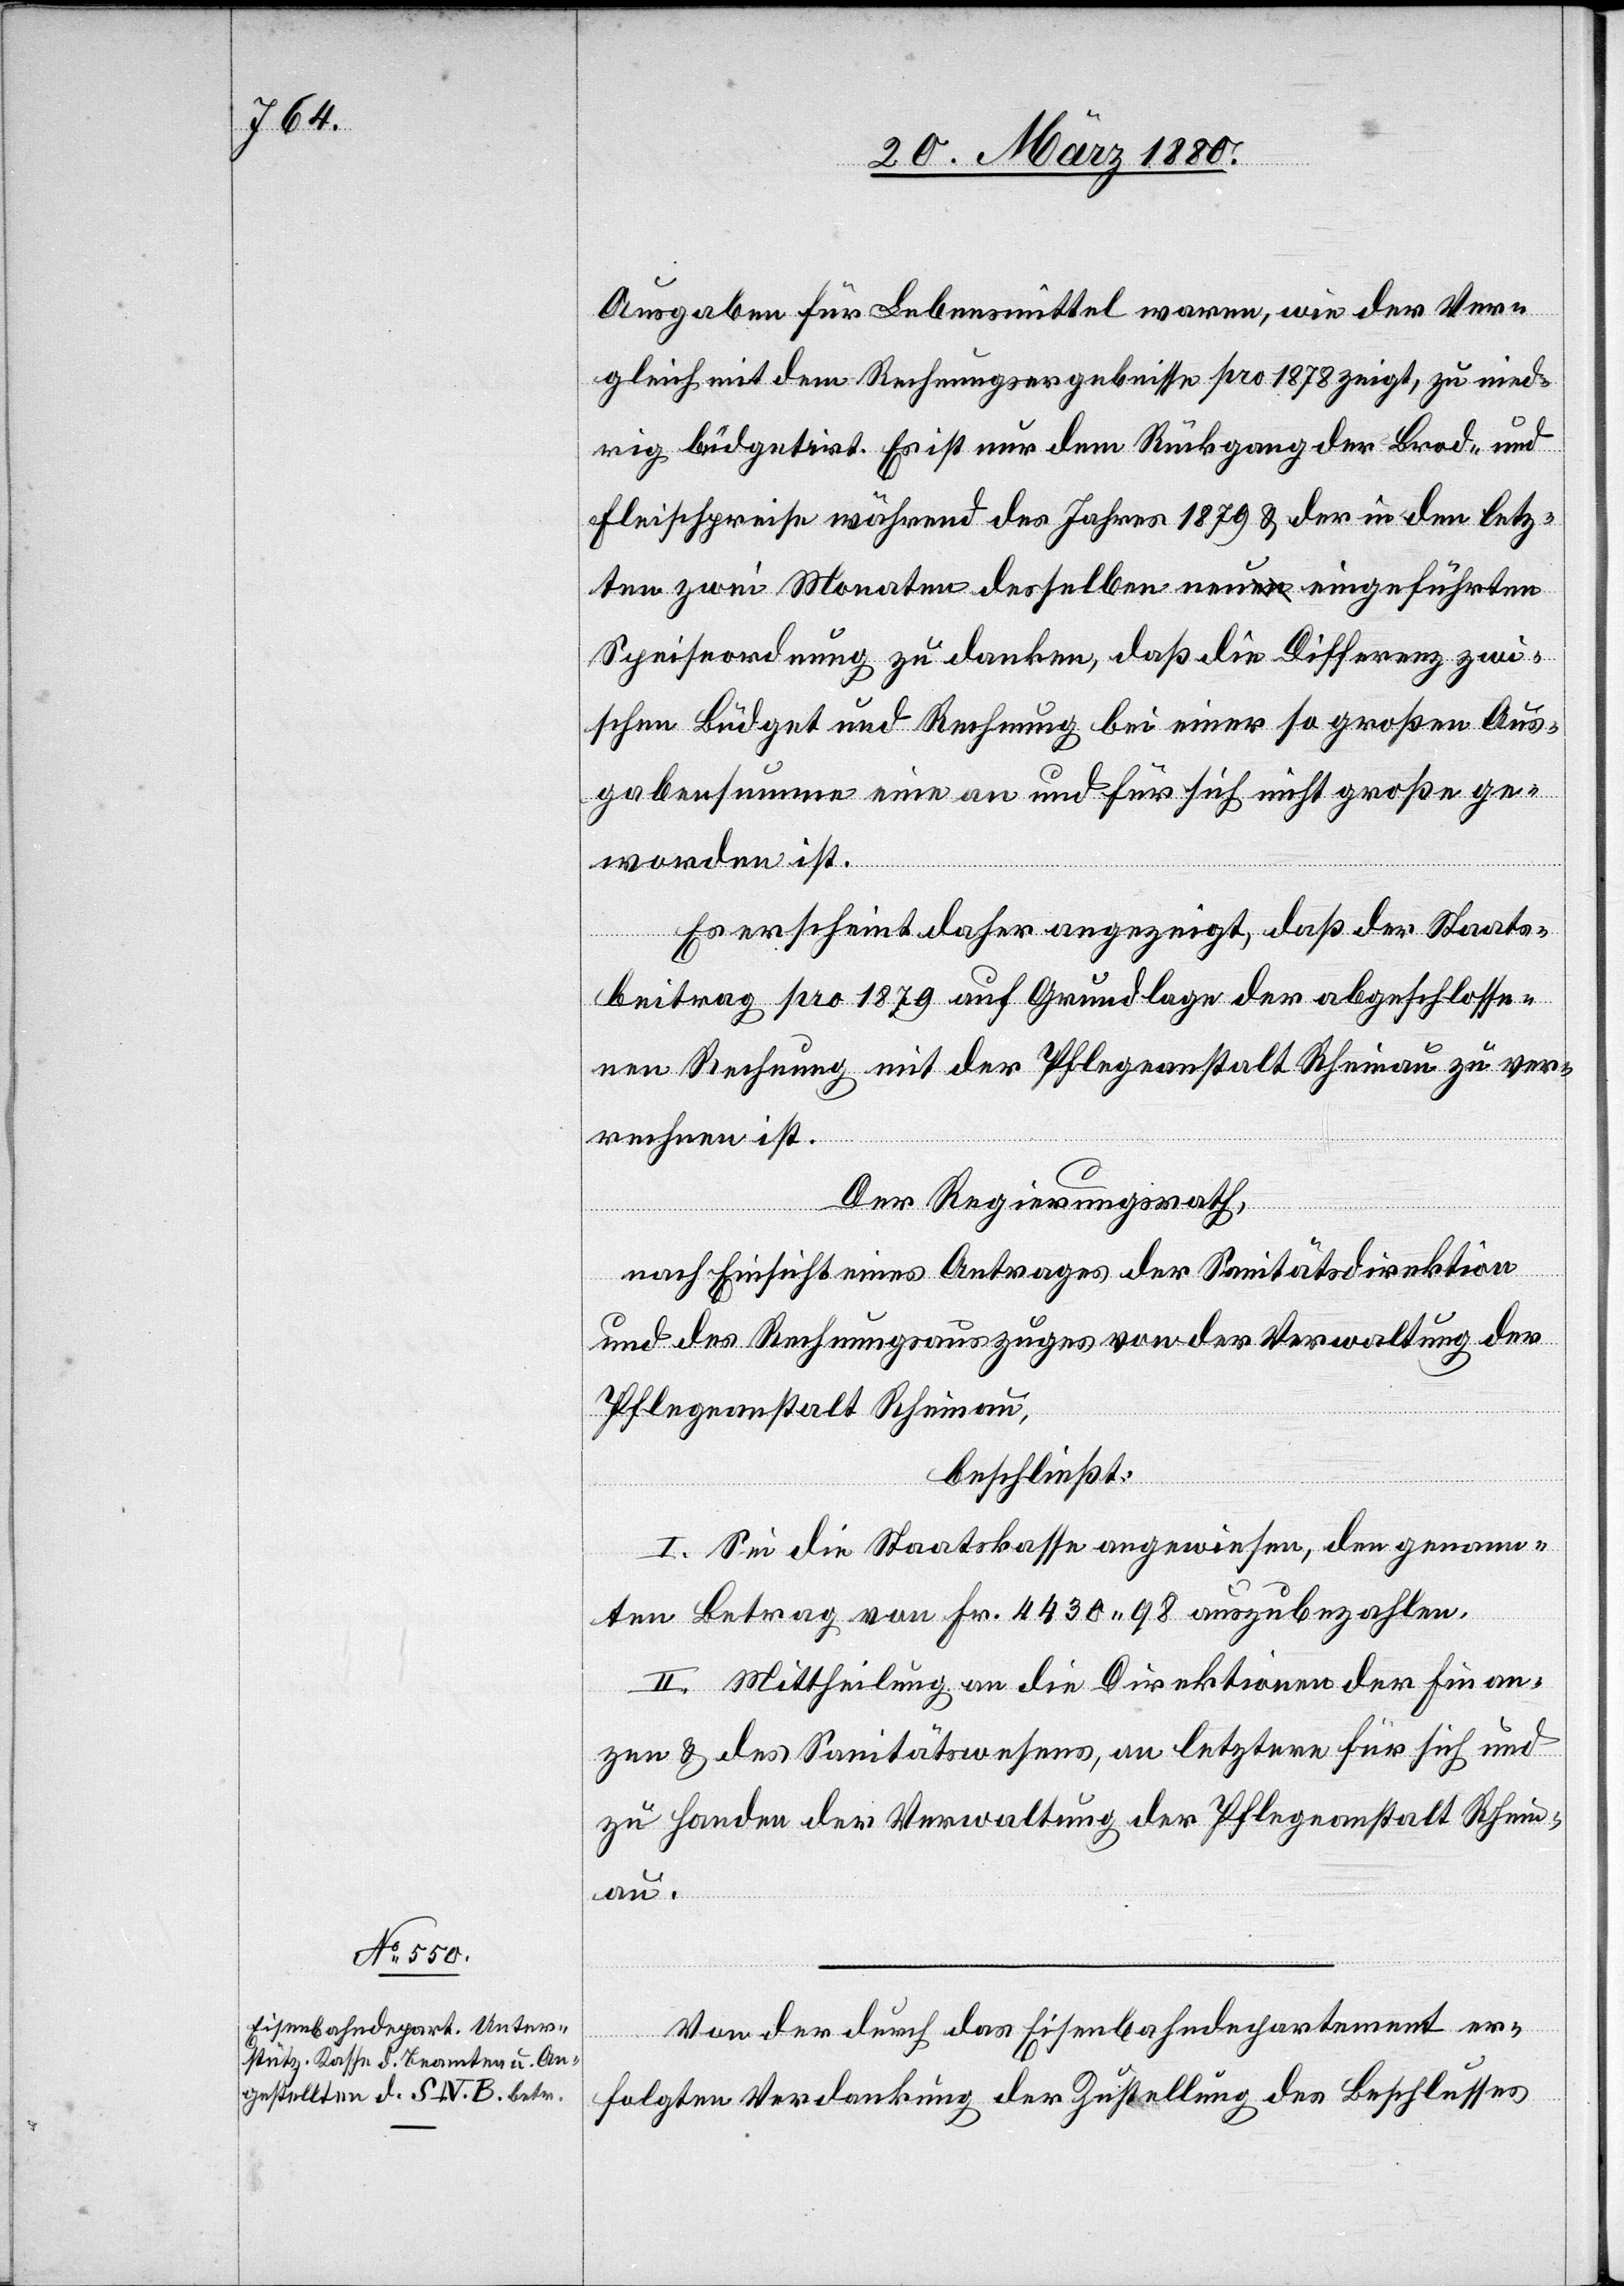
Ausgaben für Lebensmittel waren, wie der Ver¬
gleich mit dem Rechnungsergebnisse pro 1878 zeigt, zu nied¬
rig büdgetirt. Es ist nur dem Rückgang der Brod- und
Fleischpreise während des Jahres 1879 & der in den letz¬
ten zwei Monaten desselben neu eingeführten
Speiseordnung zu danken, daß die Differenz zwi¬
schen Büdget und Rechnung bei einer so großen Aus¬
gabensumme eine an und für sich nicht große ge¬
worden ist.
Es erscheint daher angezeigt, daß der Staats¬
beitrag pro 1879 auf Grundlage der abgeschlosse¬
nen Rechnung mit der Pflegeanstalt Rheinau zu ver¬
rechnen ist.
Der Regierungsrath,
nach Einsicht eines Antrages der Sanitätsdirektion,
und des Rechnungsauszuges von der Verwaltung der
Pflegeanstalt Rheinau,
beschließt:
I. Sei die Staatskasse angewiesen, den genann¬
ten Betrag von Fr. 4430.98 auszubezahlen.
II. Mittheilung an die Direktionen der Finan¬
zen & des Sanitätswesens, an letztere für sich und
zu Handen der Verwaltung der Pflegeanstalt Rhein¬
au.
Von der durch das Eisenbahndepartement er¬
folgten Verdankung der Zustellung des Beschlusses